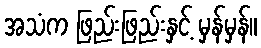
အသံက ဖြည်းဖြည်းနှင့် မှန်မှန်။